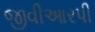
જીવીઆરપી